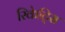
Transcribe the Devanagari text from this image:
रिकेट्सि